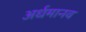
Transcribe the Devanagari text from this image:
अर्धमानव